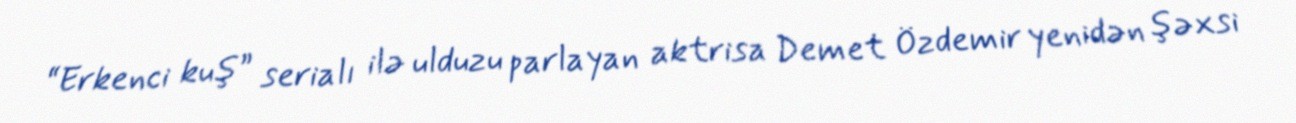
“Erkenci kuş” serialı ilə ulduzu parlayan aktrisa Demet Özdemir yenidən şəxsi